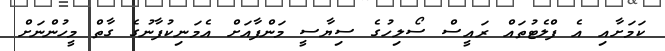
ކަމަށާއި އެ ފްލެޓުތައް ރައީސް ސޯލިހުގެ ސިޔާސީ މަންފާއަށް އެމަނިކުފާނުގެ ގާތް މީހުންނަށް